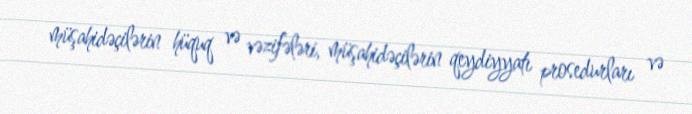
müşahidəçilərin hüquq və vəzifələri, müşahidəçilərin qeydiyyatı prosedurları və